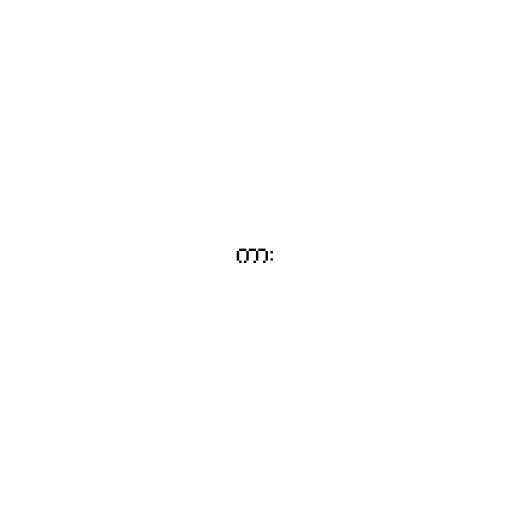
ကား